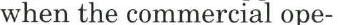
when the commercial ope-